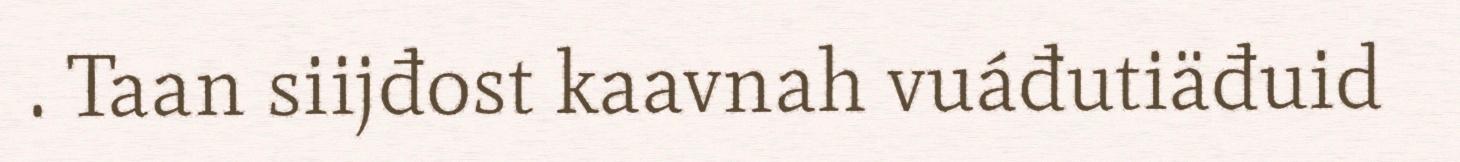
. Taan siijđost kaavnah vuáđutiäđuid